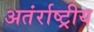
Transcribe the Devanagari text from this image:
अतंर्राष्ट्रीय